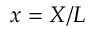
x = X / L